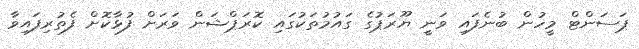
ޕަސަންޓް މީހުން ބުނެފައި ވަނީ ޔޫރަޕުގެ ގައުމުތަކުގައި ކޮރަޕްޝަން ވަރަށް ފުޅާކޮށް ފެތުރިފައިވާ